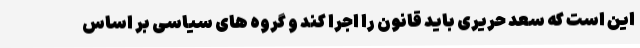
این است که سعد حریری باید قانون را اجرا کند و گروه های سیاسی بر اساس